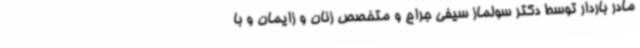
مادر باردار توسط دکتر سولماز سیفی جراح و متخصص زنان و زایمان و با